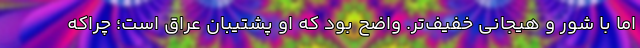
اما با شور و هیجانی خفیف‌تر. واضح بود که او پشتیبان عراق است؛ چراکه